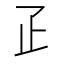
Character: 𤴔